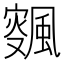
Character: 𱃉